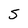
Character: S